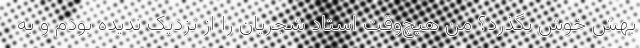
بهش خوش بگذرد؟ من هیچ‌وقت استاد شجریان را از نزدیک ندیده بودم و به